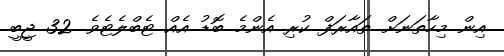
އިން މިހާތަނަށް ތައާރަފް ކުރި އެންމެ ބޮޑު އެއް ޓެބްލެޓެވެ. 32 ޖީބީ